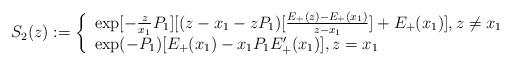
LaTeX: \begin{align*} S_2(z):= \left\{ \begin{array}{ll} \exp[-\frac{z}{x_1}P_1][(z-x_1-zP_1)[\frac{E_+(z)-E_+(x_1)}{z-x_1}]+E_+(x_1)] , z \neq x_1 \\ \exp(-P_1)[E_+(x_1)-x_1P_1E_+'(x_1)] , z = x_1 \end{array} \right.\end{align*}